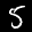
Label: 5